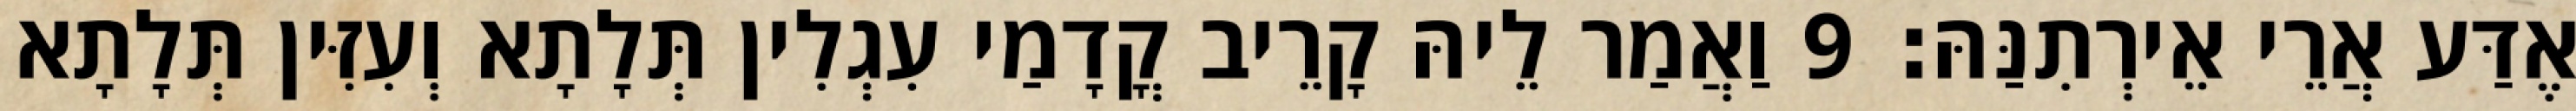
אֶדַּע אֲרֵי אֵירְתִנַּהּ׃ 9 וַאֲמַר לֵיהּ קָרֵיב קֳדָמַי עִגְלִין תְּלָתָא וְעִזִּין תְּלָתָא